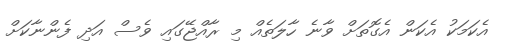
އެކަމަކު އެކަން އެގޮތަށް ވާނެ ހާލަތެއް މި ރާއްޖޭގައި ވެސް އަދި ފެންނާކަށް